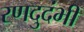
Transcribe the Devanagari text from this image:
रणदुदंभी